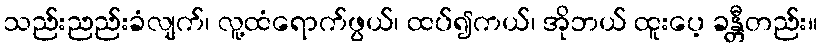
သည်းညည်းခံလျက်၊ လူ့ထံရောက်ဖွယ်၊ ထပ်၍ကယ်၊ အိုဘယ် ထူးပေ့ ခန္တီတည်း။